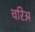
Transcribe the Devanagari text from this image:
चरिअ